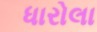
ધારોલા